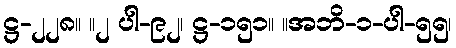
ဋ္ဌ-၂၂၈။ ။၂ ပါ-၉၂၊ ဋ္ဌ-၁၅၁။ ။အဘိ-၁-ပါ-၅၅၊